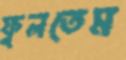
ফুলতেম